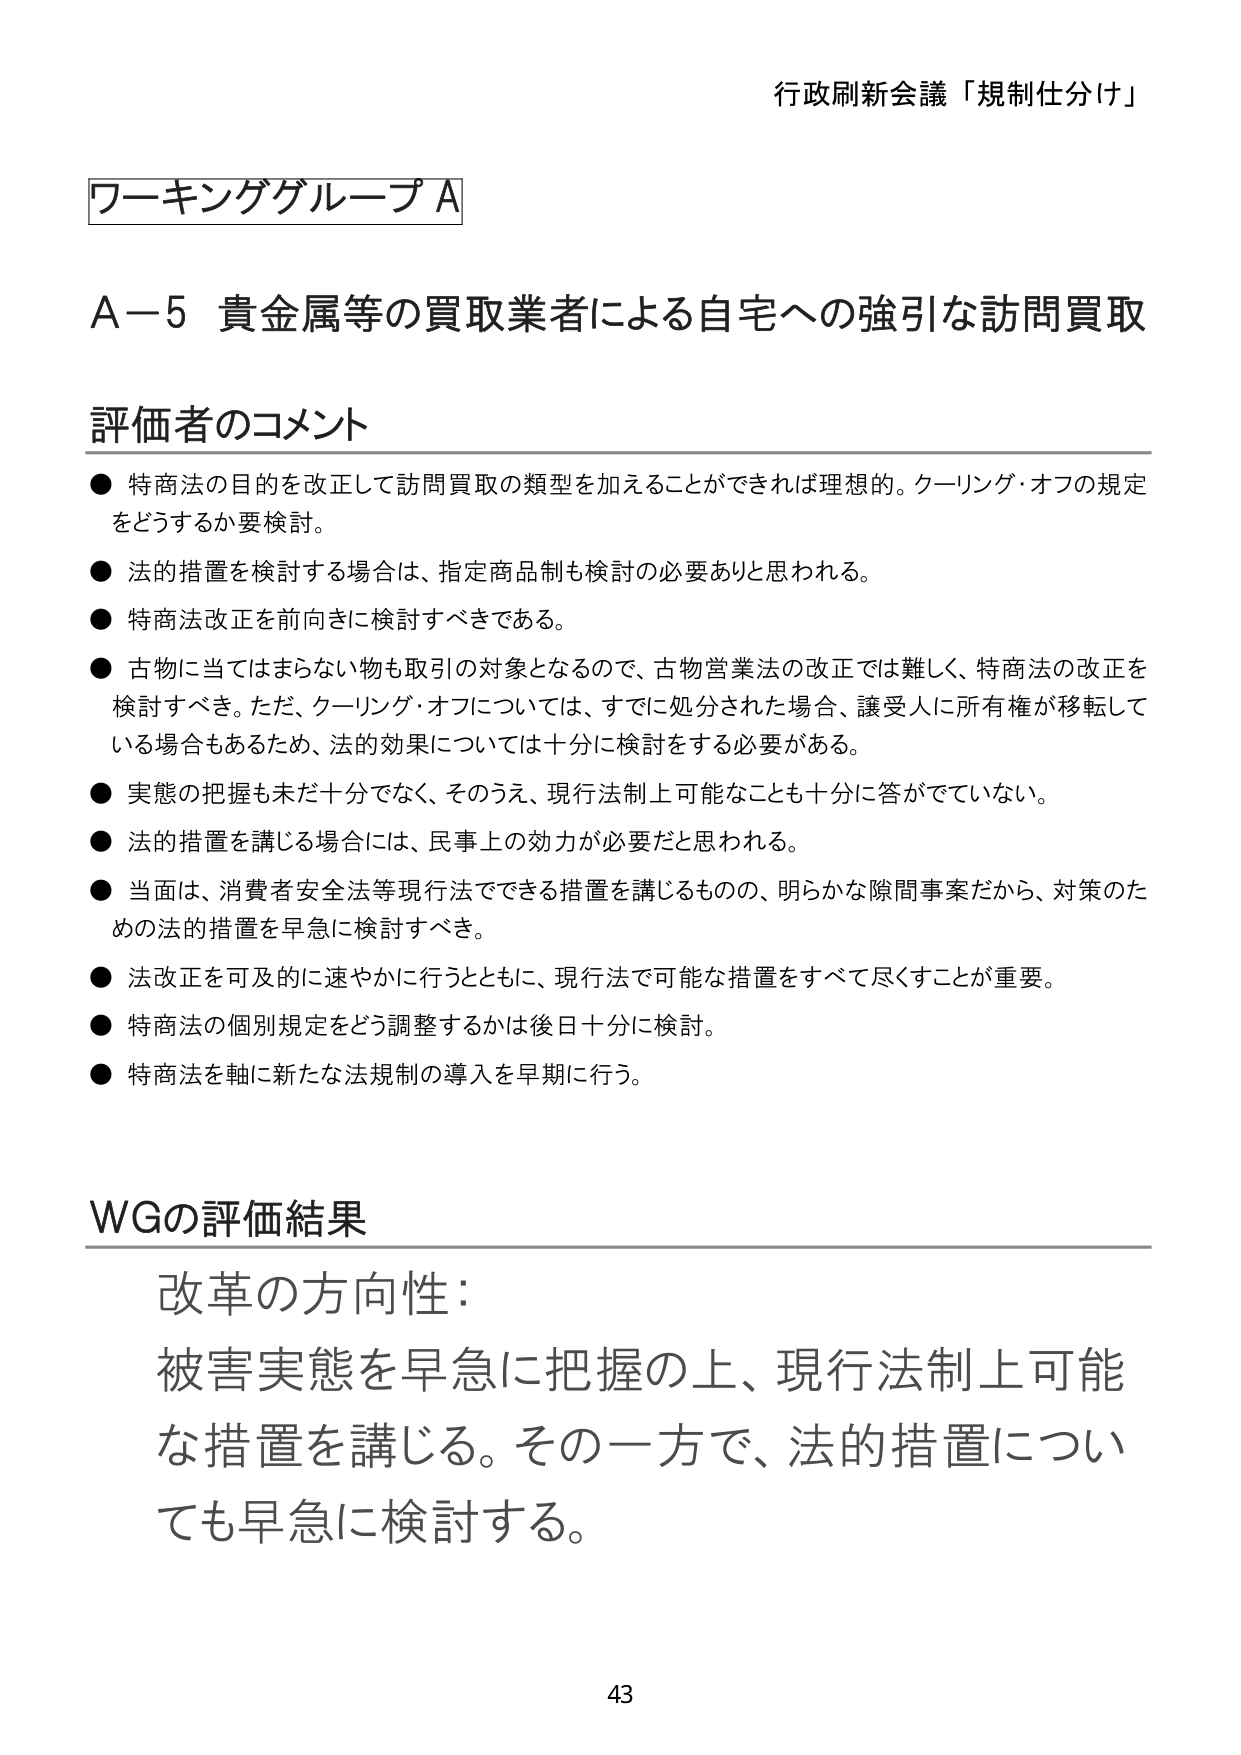
行政刷新会議「規制仕分け」

ワーキンググループA

A－5 貴金属等の買取業者による自宅への強引な訪問買取

評価者のコメント
● 特商法の目的を改正して訪問買取の類型を加えることができれば理想的。クーリング・オフの規定をどうするか要検討。
● 法的措置を検討する場合は、指定商品制も検討の必要ありと思われる。
● 特商法改正を前向きに検討すべきである。
● 古物に当てはまらない物も取引の対象となるので、古物営業法の改正では難しく、特商法の改正を検討すべき。ただ、クーリング・オフについては、すでに処分された場合、譲受人に所有権が移転している場合もあるため、法的効果については十分に検討をする必要がある。
● 実態の把握も未だ十分でなく、そのうえ、現行法制上可能なことも十分に答がでていない。
● 法的措置を講じる場合には、民事上の効力が必要だと思われる。
● 当面は、消費者安全法等現行法でできる措置を講じるもの、明らかな隙間事案だから、対策のための法的措置を早急に検討すべき。
● 法改正を可及的に速やかに行うとともに、現行法で可能な措置をすべて尽くすことが重要。
● 特商法の個別規定をどう調整するかは後日十分に検討。
● 特商法を軸に新たな法規制の導入を早期に行う。

WGの評価結果
改革の方向性：
被害実態を早急に把握の上、現行法制上可能な措置を講じる。その一方で、法的措置についても早急に検討する。

43